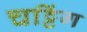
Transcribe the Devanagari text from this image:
चट्टिंग